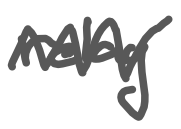
Text: relay
Cross-out: zig-zag
Writing tool: digital_gray